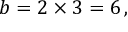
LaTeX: b = 2 \times 3 = 6 \, ,